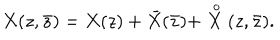
X ( z , \bar { z } ) = X ( z ) + \bar { X } ( \bar { z } ) + \stackrel { \, o } { X } ( z , \bar { z } ) .